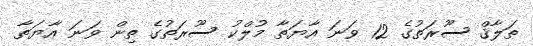
ޠަލާޤް ސޫރަތުގެ 12 ވަނަ އާޔަތާ މުލްކު ސޫރަތުގެ ތިން ވަނަ އާޔަތާ